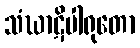
သံဃာဋိပါရုတော